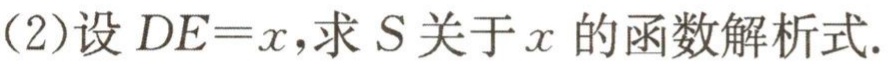
(2)设 \(DE = x\)，求 \(S\) 关于 \(x\) 的函数解析式.